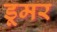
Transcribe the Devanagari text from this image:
डूमर